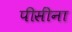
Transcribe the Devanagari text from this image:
पीसींना